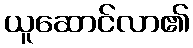
ယူဆောင်လာ၏